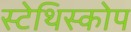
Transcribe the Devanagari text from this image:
स्टेथिस्कोप